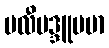
ဗလီဗဒ္ဒူပမာ